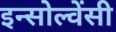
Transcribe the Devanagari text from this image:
इन्सोल्वेंसी